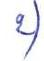
2)